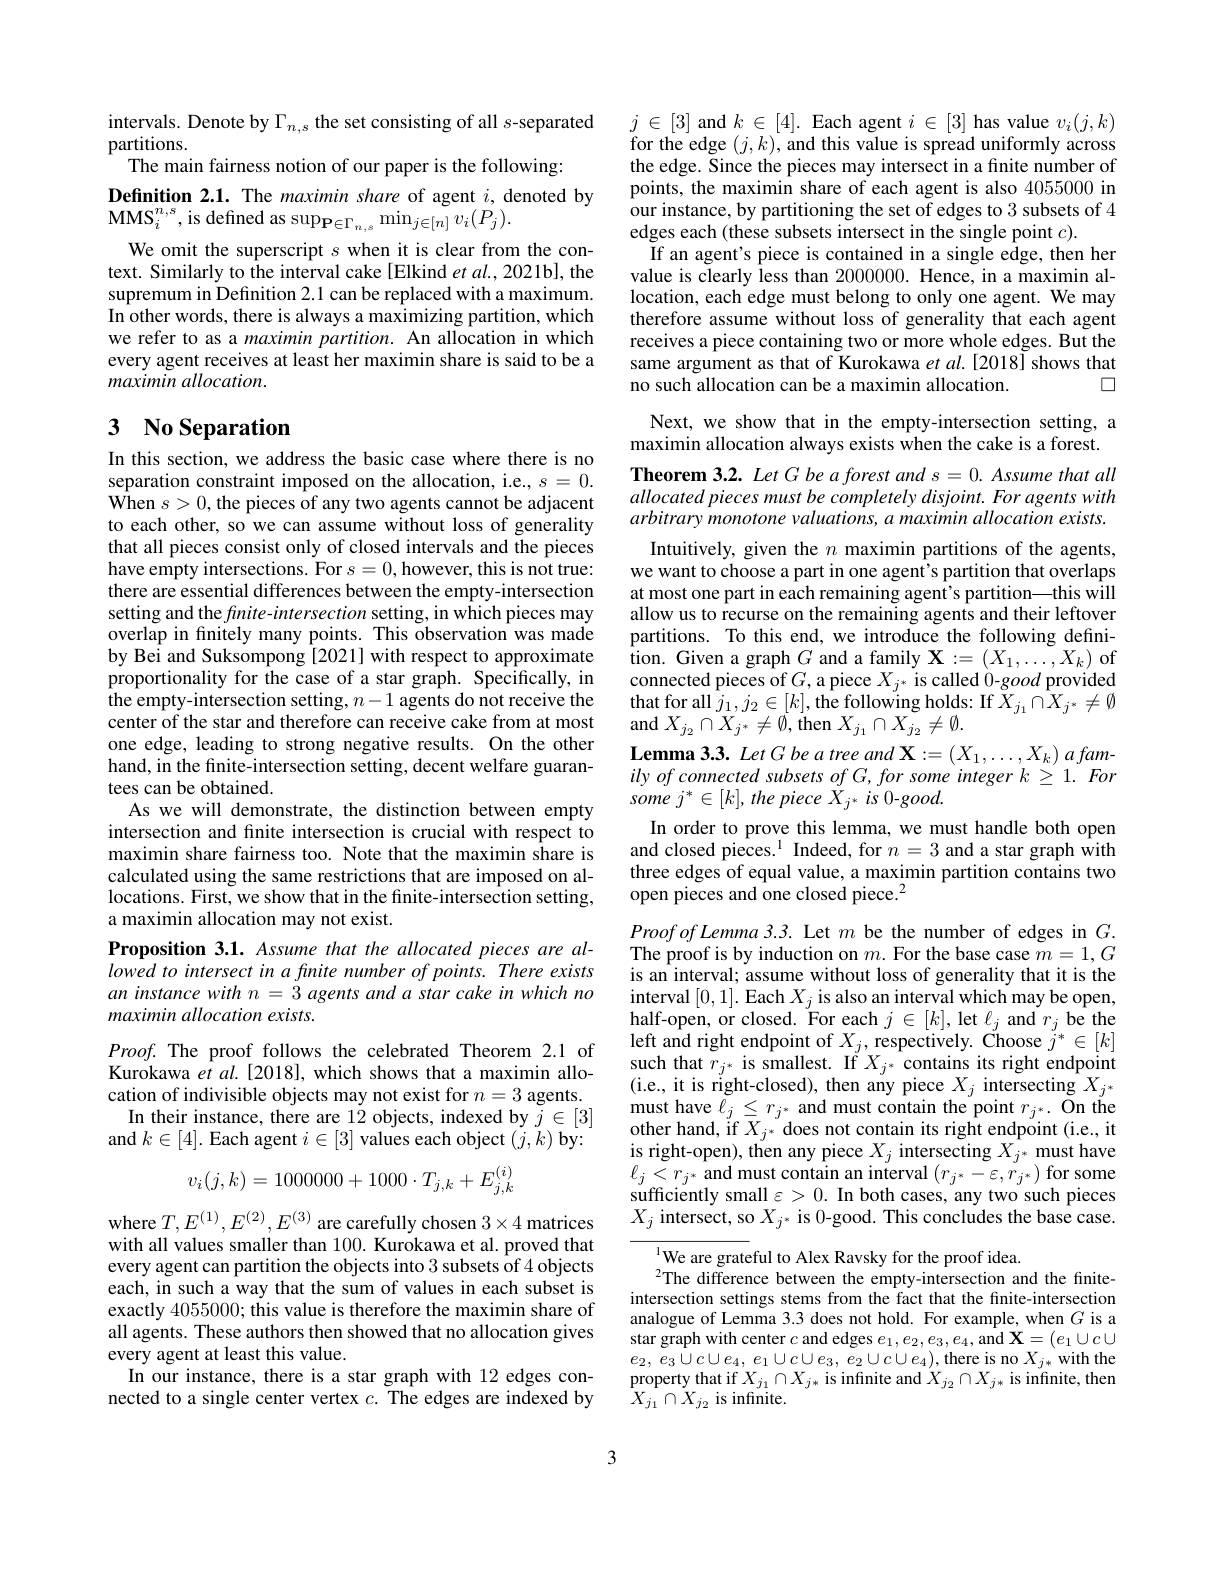
intervals. Denote by $\Gamma_n,s$ the set consisting of all $s$-separated
partitions.
The main fairness notion of our paper is the following:
Definition 2.1. The maximin share of agent $i$, denoted by
MMS$_i^{n,s}$,is defined as sup$_\mathbf{P}\in\Gamma_{n,s}\min_{j\in[n]}v_i(P_j).$
We omit the superscript $s$ when it is clear from the context. Similarly to the interval cake [Elkind et al., 2021b], the supremum in Definition 2.1 can be replaced with a maximum. In other words, there is always a maximizing partition, which we refer to as a maximin partition. An allocation in which every agent receives at least her maximin share is said to be a maximin allocation.

# 3 No Separation

In this section, we address the basic case where there is no separation constraint imposed on the allocation, i.e., $s=0.$ $\hat{\mathrm{When~}}s>0,\hat{\mathrm{the~pieces~of~any~two~agents~cannot~be~adjacent}}$ to each other, so we can assume without loss of generality that all pieces consist only of closed intervals and the pieces have empty $intersections.$ For $s= 0, however$, this $is$ not $true:$ there are essential differences between the empty-intersection setting and the $fnite-intersection$ setting, in which pieces may overlap in finitely many points. This observation was made by Bei and Suksompong [2021] with respect to approximate proportionality for the case of a star graph. Specifically, in the empty-intersection setting, $n-1$ agents do not receive the center of the star and therefore can receive cake from at most one edge, leading to strong negative results. On the other hand, in the finite-intersection setting, decent welfare guarantees can be obtained.
As we will demonstrate, the distinction between empty intersection and finite intersection is crucial with respect to maximin share fairness too. Note that the maximin share is calculated using the same restrictions that are imposed on allocations. First, we show that in the finite-intersection setting, a maximin allocation may not exist.
Proposition 3.1. Assume that the allocated pieces are allowed to intersect in a finite number of points. There exists an instance with $n= 3\textit{agents and a star cake in which no}$ maximin allocation exists.
$Proof.$ The proof follows the celebrated Theorem 2.1 of Kurokawa $etal.[2018]$, which shows that a maximin allocation of indivisible objects may not exist for $n=3$ agents.

In their instance, there are 1$\dot{2}$ objects, indexed by $\tilde{j}\in[3]$

and $k\in[4].$ Each agent $i\in[3]$ values each object $(j,k)$ by:
$$v_i(j,k)=1000000+1000\cdot T_{j,k}+E_{j,k}^{(i)}$$
where $T,E^{(1)},E^{(2)},E^{(3)}$ are carefully chosen $3\times4$ matrices with all values smaller than 100. Kurokawa et al. proved that every agent can partition the objects into 3 subsets of 4 objects each, in such a way that the sum of values in each subset is exactly 4055000; this value is therefore the maximin share of all agents. These authors then showed that no allocation gives every agent at least this value.
In our instance, there is a star graph with 12 edges connected to a single center vertex $c.$ The edges are indexed by

$j\in[3]$ and $k\in[4].$ Each agent $i\in[3]$ has value $v_i(j,k)$ for the edge $(j,k)$,and this value is spread uniformly across the edge. Since the pieces may intersect in a finite number of points, the maximin share of each agent is also 4055000 in $\hat{\text{our instance, by partitioning the set of edges to 3 subsets of 4}}$ edges each (these subsets intersect in the single point $c).$
If an agent's piece is contained in a single edge, then her value is clearly less than 2000000. Hence, in a maximin allocation, each edge must belong to only one agent. We may therefore assume without loss of generality that each agent receives a piece containing two or more whole edges. But the same argument as that of Kurokawa et al. [2018] shows that
$\square$
no such allocation can be a maximin allocation.

## Next, we show that in the empty-intersection setting, a maximin allocation always exists when the cake is a forest.

Theorem 3.2. Let G be a forest and s = 0. Assume that all allocated pieces must be completely disjoint. For agents with arbitrary monotone valuations, a maximin allocation exists.

Intuitively, given the $n$ maximin partitions of the agents, we want to choose a part in one agent's partition that overlaps at most one part in each remaining agent's partition—this will allow us to recurse on the remaining agents and their leftover partitions. To this end, we introduce the following defini- fion. Given a graph $G$ and a family $\mathbf{X}:=(X_1,\ldots,\bar{X}_k)$ of connected pieces of $G$, a piece $X_j^*$ is called 0-good provided $\mathop{\mathrm{that~for~all~}}j_{1},j_{2}\in[k],\mathop{\mathrm{the~following~holds:~If~}}\bar{X}_{j_{1}}\cap\bar{X}_{j^{*}}\neq\emptyset$ and $X_{j_{2}}\cap X_{j^{*}}\neq\emptyset$, then $X_{j_{1}}\cap X_{j_{2}}\neq\emptyset.$
$\textbf{Lemma 3. 3. Let G be a tree and X}: = \left ( X_{1}, \ldots , X_{k}\right ) afam-$ ily of connected subsets of G, for some integer k ≥ 1. For some $j^{* }\in [ k] , the$ piece ${\tilde{X} }_{j^{* }}$ $is$ 0-good.
In order to prove this lemma, we must handle both open and closed pieces.$^1$ Indeed, for $n=3$ and a star graph with three edges of equal value, a maximin partition contains two open pieces and one closed piece.$^2$
$Proofof\textit{Lemma 3. 3. Let }m$ be the number of edges in $G.$ The proof is by induction on $m.$ For the base case $m=1,G$ is an interval; assume without loss of generality that it is the interval [0,1]. Each $X_j$ is also an interval which may be open, half-open, or closed. For each $j\in[k]$,let $\ell_j$ and $r_j$ be the left and right endpoint of $X_j$,respectively. Choose $j^*\in[k]$ such that $r_{j^*}$ is smallest. If $X_{j^*}$ contains its right endpoint ( i. e. , it is right- closed) , then any piece $X_{j}$ intersecting $X_j^*$ must have $\ell_j\leq r_{j^*}$ and must contain the point $r_j^*.$ On the other hand, if $X_{j^*}$ does not contain its right endpoint (i.e., ither hand, if $X_{j^*}$ does not contain its right endpoint (i.e., it is right-open), then any piece $X_j$ intersecting $X_j^*$ must have $\ell_{j}<r_{j^{*}}$ and must contain an interval $(r_{j^{*}}-\varepsilon,r_{j^{*}})$ for some sufficiently small $\varepsilon>0.$ In both cases, any two such pieces $X_{j}$ intersect, so $X_j^*$ is 0-good. This concludes the base case.
${^{1}\text{We are grateful to Alex Ravsky for the proof idea.}}$
$^{2}$The difference between the empty-intersection and the finiteintersection settings stems from the fact that the finite-intersection analogue of Lemma 3.3 does not hold. For example, when $G$ is a star graph with center $c$ and edges $e_1,e_2,e_3,e_4$, and $\mathbf{X}=(e_1\cup c\cup$ $e_{2}$, $e_{3}$ $\cup c\cup e_{4}$, $e_{1}$ $\cup c\cup e_{3}$, $e_{2}\cup c\cup e_{4}) $,there is no $X_j*$ with the property that if $X_{j_1}\cap X_{j*}$ is infinite and $\dot{X}_{j_2}\cap X_{j*}$ is infinite, then

$\bar{X_{j_{1}}}\cap\dot{X_{j_{2}}}$ is infinite.

3